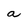
Character: a